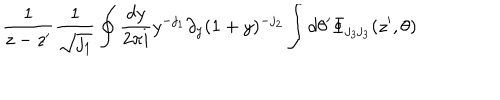
\frac { 1 } { z - z ^ { \prime } } \frac { 1 } { \sqrt { j _ { 1 } } } \oint \frac { d y } { 2 \pi i } y ^ { - j _ { 1 } } \partial _ { y } ( 1 + y ) ^ { - j _ { 2 } } \int d \theta ^ { \prime } \Phi _ { j _ { 3 } j _ { 3 } } ( z ^ { \prime } , \theta )